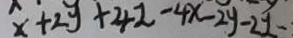
x + 2 y + 4 z - 4 x - 2 y - 2 z -